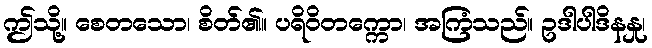
ဤသို့။ စေတသော၊ စိတ်၏။ ပရိဝိတက္ကော၊ အကြံသည်။ ဥဒါပါဒိနနှု၊